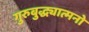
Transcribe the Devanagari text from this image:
गुरुबुद्ध्यात्मनो